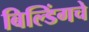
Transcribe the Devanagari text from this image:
बिल्डिंगचे